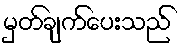
မှတ်ချက်ပေးသည်